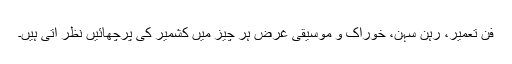
فنِ تعمیر، رہن سہن، خوراک و موسیقی غرض ہر چیز میں کشمیر کی پرچھائیں نظر آتی ہیں۔